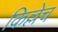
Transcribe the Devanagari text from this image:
किल्लेच